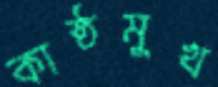
কাষ্ঠমুখ